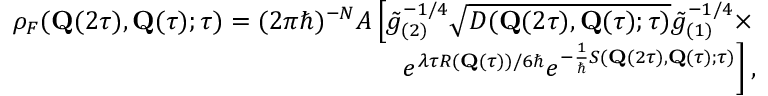
\begin{array} { r } { \rho _ { F } ( \mathbf { Q } ( 2 \tau ) , \mathbf { Q } ( \tau ) ; \tau ) = ( 2 \pi \hbar ) ^ { - N } { \cal A } \left[ \tilde { g } _ { ( 2 ) } ^ { - 1 / 4 } \sqrt { D ( \mathbf { Q } ( 2 \tau ) , \mathbf { Q } ( \tau ) ; \tau ) } \tilde { g } _ { ( 1 ) } ^ { - 1 / 4 } \times \right. } \\ { \left. e ^ { \lambda \tau R ( \mathbf { Q } ( \tau ) ) / 6 \hbar } e ^ { - \frac { 1 } { \hbar } S ( \mathbf { Q } ( 2 \tau ) , \mathbf { Q } ( \tau ) ; \tau ) } \right] , } \end{array}